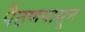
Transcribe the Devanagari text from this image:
पैठणपासून